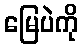
မြေပဲကို